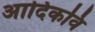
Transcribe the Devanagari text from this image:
अादिकवि